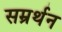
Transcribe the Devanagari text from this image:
सम्रर्थन